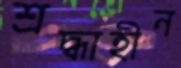
শ্রদ্ধাহীন